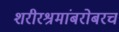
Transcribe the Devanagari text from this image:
शरीरश्रमांबरोबरच